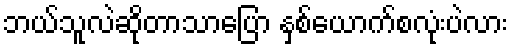
ဘယ်သူလဲဆိုတာသာပြော နှစ်ယောက်စလုံးပဲလား